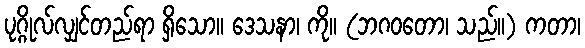
ပုဂ္ဂိုလ်လျှင်တည်ရာ ရှိသော။ ဒေသနာ၊ ကို။ (ဘဂဝတော၊ သည်။) ကတာ၊